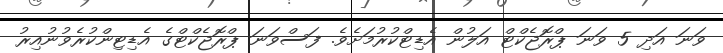
ވަނަ އަދި 5 ވަނަ ޕްރޮޖެކްޓް އަލުން އެޑިޓްކުރުމަށެވެ. ފަސްވަނަ ޕްރޮޖެކްޓްގެ އެޑިޓިންކުރެވުނުއިރު